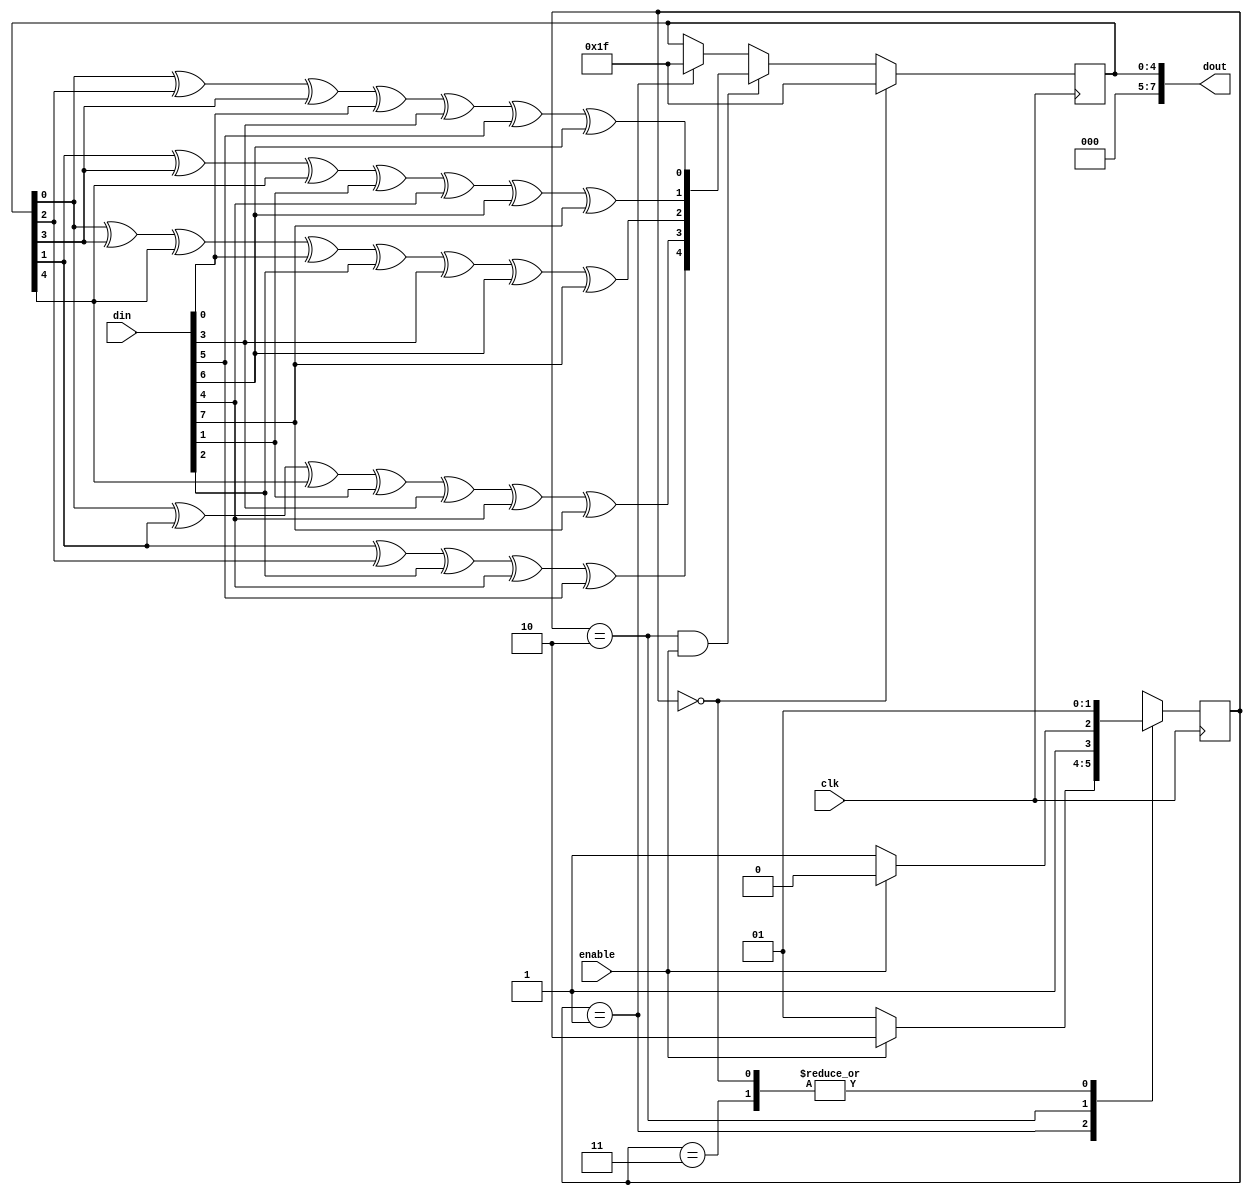
module crc5(
    input clk,
    input enable,
    input [7:0] din,
    output [7:0] dout
);

    // CRC5 x^5 + x^2 + 1

    localparam CRC_INIT = 5'h1F;

    reg [1:0] state, next_state;
    localparam IDLE = 2'b00, WAIT = 2'b01, WORK = 2'b10, DONE = 2'b11;

    reg [4:0] cout; 
    wire [4:0] ctmp;

    assign ctmp[0] = cout[0]^cout[2]^cout[3]^din[0]^din[3]^din[5]^din[6]; 
    assign ctmp[1] = cout[1]^cout[3]^cout[4]^din[1]^din[4]^din[6]^din[7];
    assign ctmp[2] = cout[0]^cout[3]^cout[4]^din[0]^din[2]^din[3]^din[6]^din[7];
    assign ctmp[3] = cout[0]^cout[1]^cout[4]^din[1]^din[3]^din[4]^din[7];
    assign ctmp[4] = cout[1]^cout[2]^din[2]^din[4]^din[5];

    assign dout = {3'h0, cout};

    always@(posedge clk) begin
        state <= next_state;
    end

    always@(*) begin
        case(state)
            IDLE: next_state <= WAIT;
            WAIT: begin
                if(enable) next_state <= WORK;
                else next_state <= WAIT;
            end
            WORK: begin
                if(enable) next_state <= WORK;
                else next_state <= DONE;
            end
            DONE: next_state <= WAIT;
            default: next_state <= IDLE;
        endcase
    end

    always@(posedge clk) begin
        if(state == IDLE) cout <= CRC_INIT;
        else if(state == WORK && enable) cout <= ctmp;
        else if(state == WAIT) cout <= CRC_INIT;
        else cout <= cout;
    end

endmodule